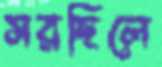
সরছিলে